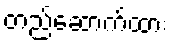
တည်ဆောက်ထား